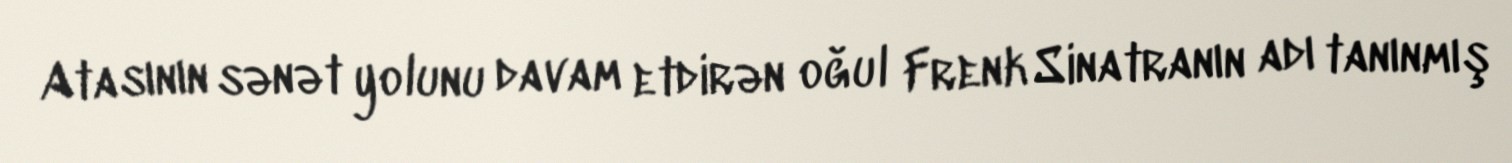
Atasının sənət yolunu davam etdirən oğul Frenk Sinatranın adı tanınmış